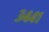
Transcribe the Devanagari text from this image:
३४४१